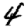
Digit: 4